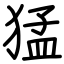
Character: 猛